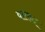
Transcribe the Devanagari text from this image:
वाताद